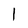
Character: 1